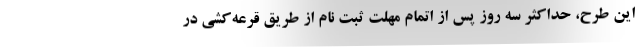
این طرح، حداکثر سه روز پس از اتمام مهلت ثبت نام از طریق قرعه‌کشی در